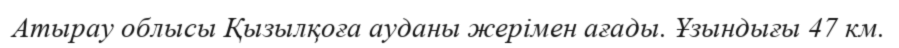
Атырау облысы Қызылқоға ауданы жерімен ағады. Ұзындығы 47 км.